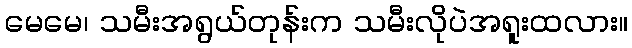
မေမေ၊ သမီးအရွယ်တုန်းက သမီးလိုပဲအရူးထလား။